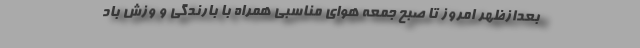
بعدازظهر امروز تا صبح جمعه هوای مناسبی همراه با بارندگی و وزش باد